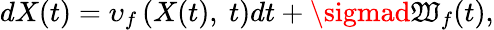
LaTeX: dX(t)=\upsilon_{f}\left(X(t),\ t\right)dt+\sigmad\mathfrak{W}_{f}(t),